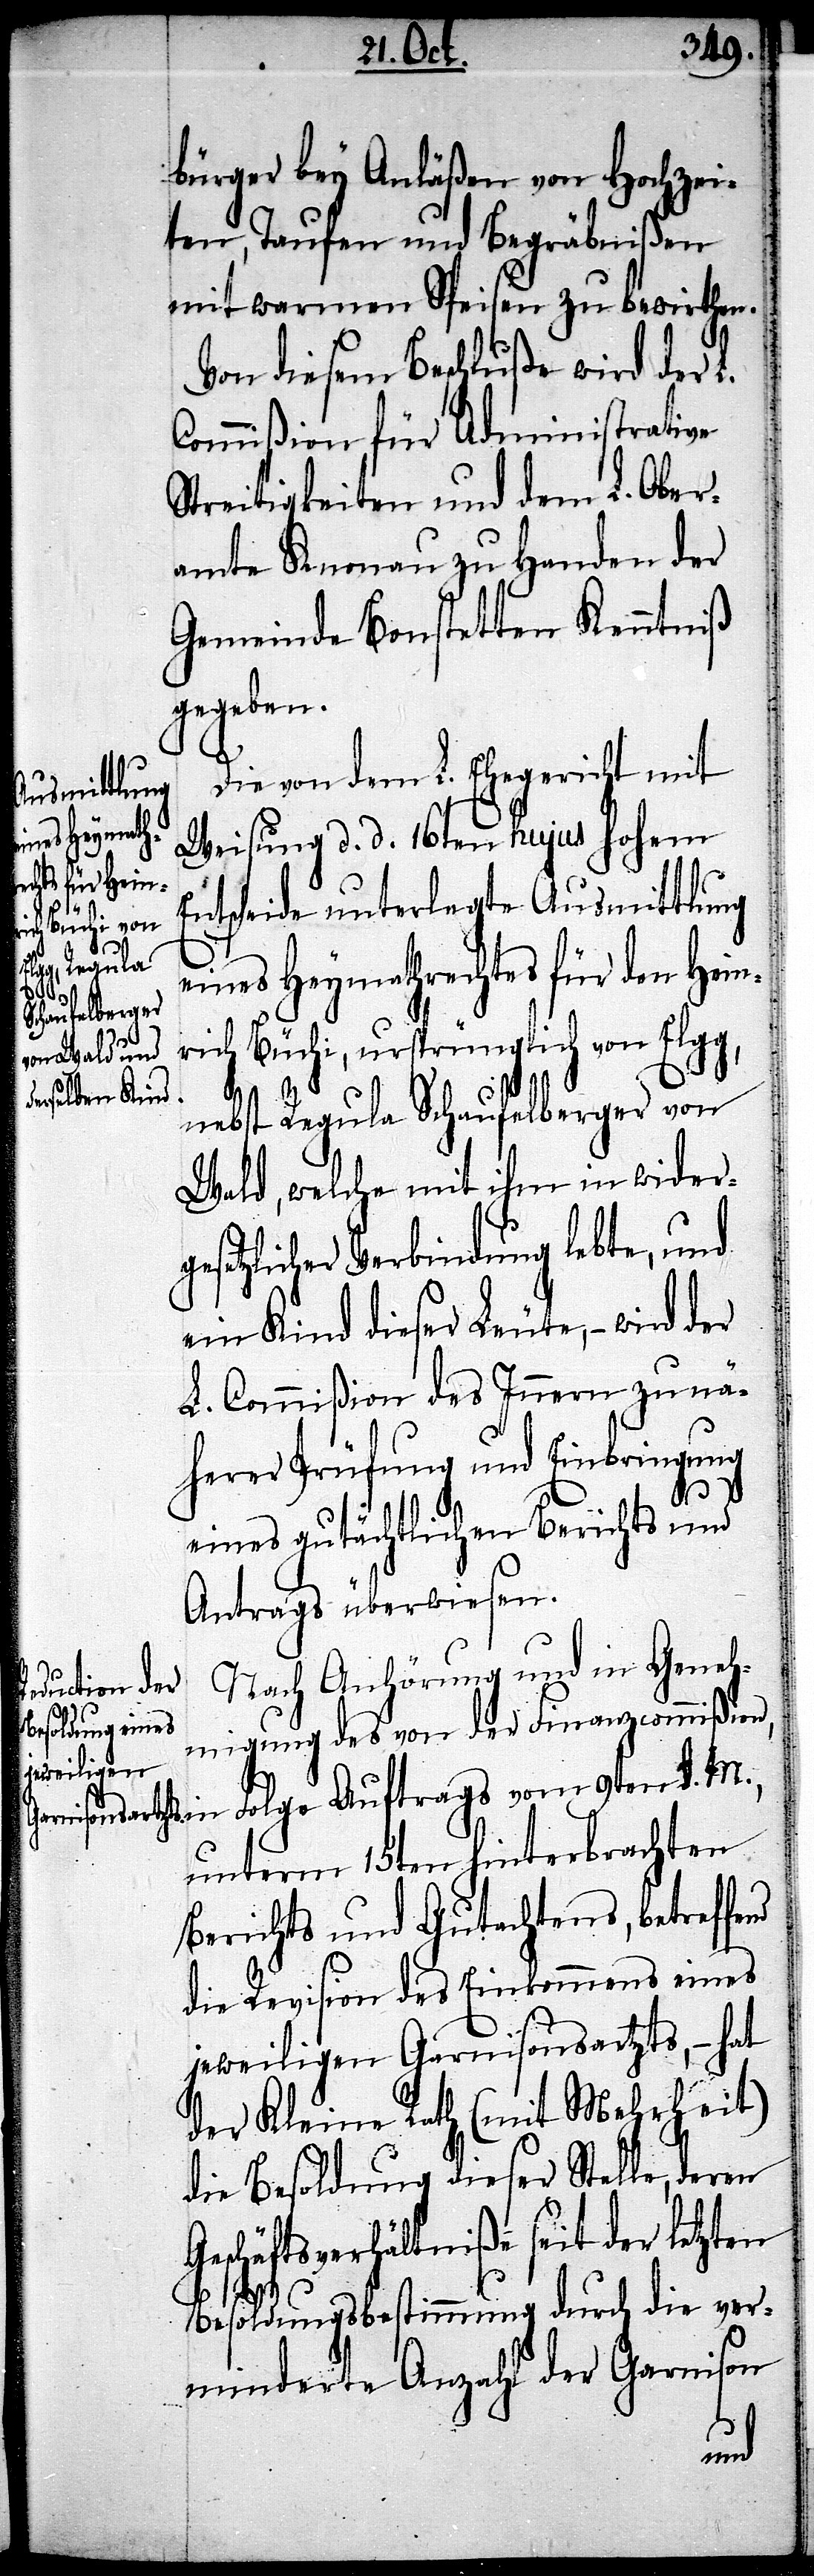
bürger bey Anläßen von Hochzei¬
ten, Taufen und Begräbnißen
mit warmen Speisen zu bewirthen.
Von diesem Beschluße wird der L.
Commißion für Administrative
Streitigkeiten und dem L. Ober¬
amte Knonau zu Handen der
Gemeinde Bonstetten Kenntniß
gegeben.
Die von dem L. Ehegericht mit
Weisung d. d. 16ten hujus hohem
ntscheide unterlegte Ausmittlung
eines Heymathrechtes für den Hein¬
E¬
rich Büchi, ursprünglich von Elgg,
Ge¬
nebst Regula Schaufelberger von
Wald, welche mit ihm in wider¬
gesetzlicher Verbindung lebte, und
ein Kind dieser Leute, – wird der
L. Commißion des Innern zu nä¬
herer Prüfung und Einbringung
eines gutächtlichen Berichts und
Antrags überwiesen.
Nach Anhörung und in Geneh¬
migung des von der Finanzcommißion,
in Folge Auftrags vom 9ten d. M.,
unterm 15ten hinterbrachten
Berichts und Gutachtens, betreffe¬
die Revision des Einkommens eines
jeweiligen Garnisonsartzts, – hat
der Kleine Rath (mit Mehrheit)
die Besoldung dieser Stelle, deren
schäftsverhältniße seit der letz¬
Besoldungsbestimmung durch die ver¬
minderte Anzahl der Garnison
ten